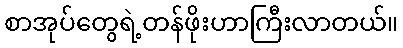
စာအုပ်တွေရဲ့တန်ဖိုးဟာကြီးလာတယ်။